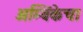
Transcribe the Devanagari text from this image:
अम्बिकेचा